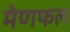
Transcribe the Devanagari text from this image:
मेणफल